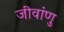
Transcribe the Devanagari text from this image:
जीवांणु